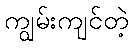
ကျွမ်းကျင်တဲ့